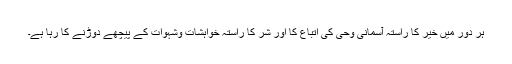
ہر دور میں خیر کا راستہ آسمانی وحی کی اتباع کا اور شر کا راستہ خواہشات وشہوات کے پیچھے دوڑنے کا رہا ہے۔